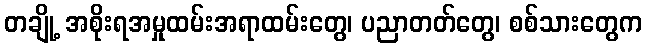
တချို့ အစိုးရအမှုထမ်းအရာထမ်းတွေ၊ ပညာတတ်တွေ၊ စစ်သားတွေက